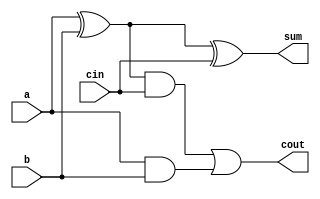
`timescale 1ns / 1ps
//////////////////////////////////////////////////////////////////////////////////
// Company: 
// Engineer: 
// 
// Design Name: 
// Module Name: full_adder
// Project Name: 
// Target Devices: 
// Tool Versions: 
// Description: 
// 
// Dependencies: 
// 
// Revision:
// Revision 0.01 - File Created
// Additional Comments:
// 
//////////////////////////////////////////////////////////////////////////////////


module full_adder(a, b, cin, sum, cout);


input a, b, cin;
output sum, cout;
//design the full adder
//design the sum
xor inst1 (net1, a, b);
and inst2 (net2, a, b);
xor inst3 (sum, net1, cin);
//define the carry-out
and inst4 (net3, net1, cin);
or inst5 (cout, net3, net2);

//input a, b, cin;
//output sum, cout;
//wire bj;

//not (bj, b);
//assign sum = cin ^ a ^ bj;
//assign cout = (cin & a) | (cin & bj) | (a & bj);

endmodule